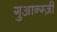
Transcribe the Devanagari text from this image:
गुआन्ग्ज़ी